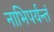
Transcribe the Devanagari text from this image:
नाभिपर्यन्तं